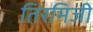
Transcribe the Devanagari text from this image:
तिरमिजी